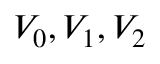
V _ { 0 } , V _ { 1 } , V _ { 2 }